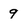
Character: 9